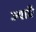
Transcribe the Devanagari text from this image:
ज्याएँ